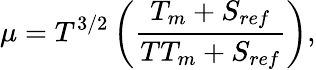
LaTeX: \mu=T^{3/2}\left(\frac{T_{m}+S_{ref}}{TT_{m}+S_{ref}}\right),